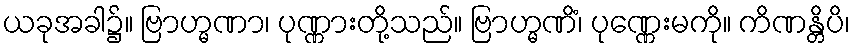
ယခုအခါ၌။ ဗြာဟ္မဏာ၊ ပုဏ္ဏားတို့သည်။ ဗြာဟ္မဏိံ၊ ပုဏ္ဏေးမကို။ ကိဏန္တိပိ၊